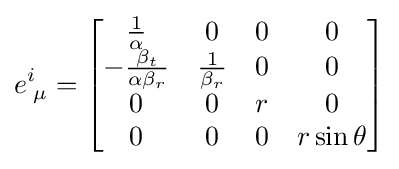
e_{\;\mu }^{i}={\begin{bmatrix}{\frac {1}{\alpha }}&0&0&0\\-{\frac {\beta _{t}}{\alpha \beta _{r}}}&{\frac {1}{\beta _{r}}}&0&0\\0&0&r&0\\0&0&0&r\sin \theta \\\end{bmatrix}}